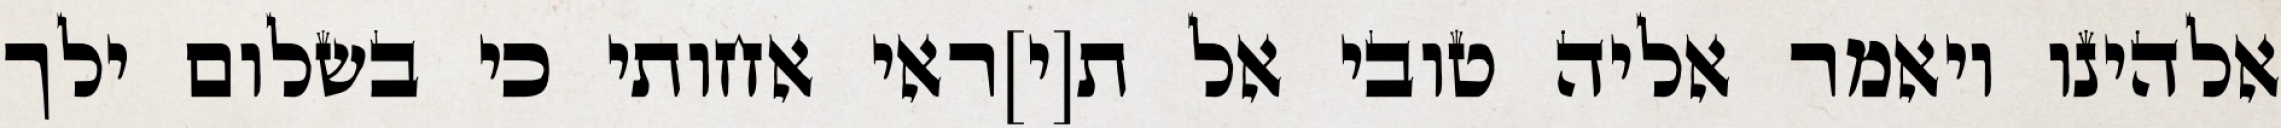
אלהינו ויאמר אליה טובי אל ת[י]ראי אחותי כי בשלום ילך